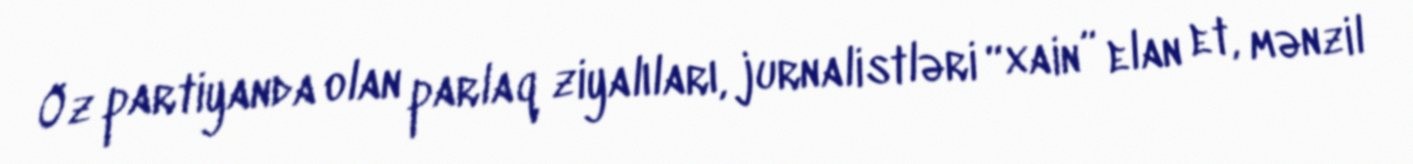
Öz partiyanda olan parlaq ziyalıları, jurnalistləri “xain” elan et, mənzil